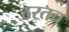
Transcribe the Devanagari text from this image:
ठरतच